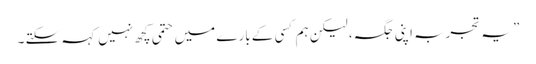
” یہ تجربہ اپنی جگہ ، لیکن ہم کسی کے بارے میں حتمی کچھ نہیں کہہ سکتے ۔